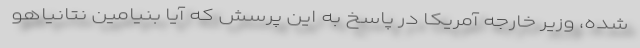
شده، وزیر خارجه آمریکا در پاسخ به این پرسش که آیا بنیامین نتانیاهو